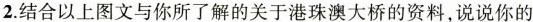
2.结合以上图文与你所了解的关于港珠澳大桥的资料，说说你的